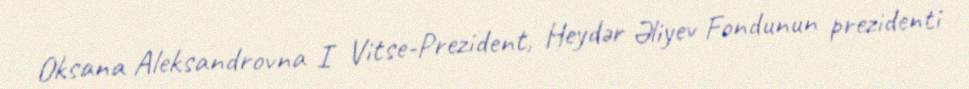
Oksana Aleksandrovna I Vitse-Prezident, Heydər Əliyev Fondunun prezidenti